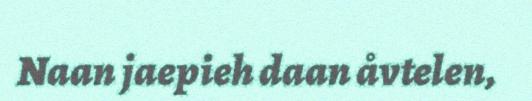
Naan jaepieh daan åvtelen,